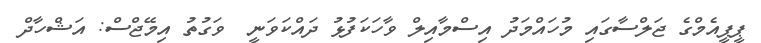
ޕީޕީއެމްގެ ޖަލްސާގައި މުހައްމަދު އިސްމާއިލް ވާހަކަފުޅު ދައްކަވަނީ  ވަގުތު އިމޭޖްސް: އަޝްހާދް